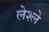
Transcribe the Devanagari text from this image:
लेश्ले